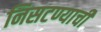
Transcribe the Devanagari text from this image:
निसटण्याची